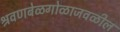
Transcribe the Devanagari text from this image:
श्रवणबेळगोळाजवळील